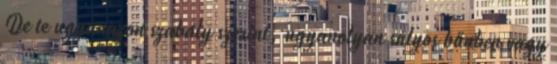
De te ugyanazon szabály szerint, ugyanolyan súlyos bűnben vagy